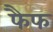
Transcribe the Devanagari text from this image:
फैफ